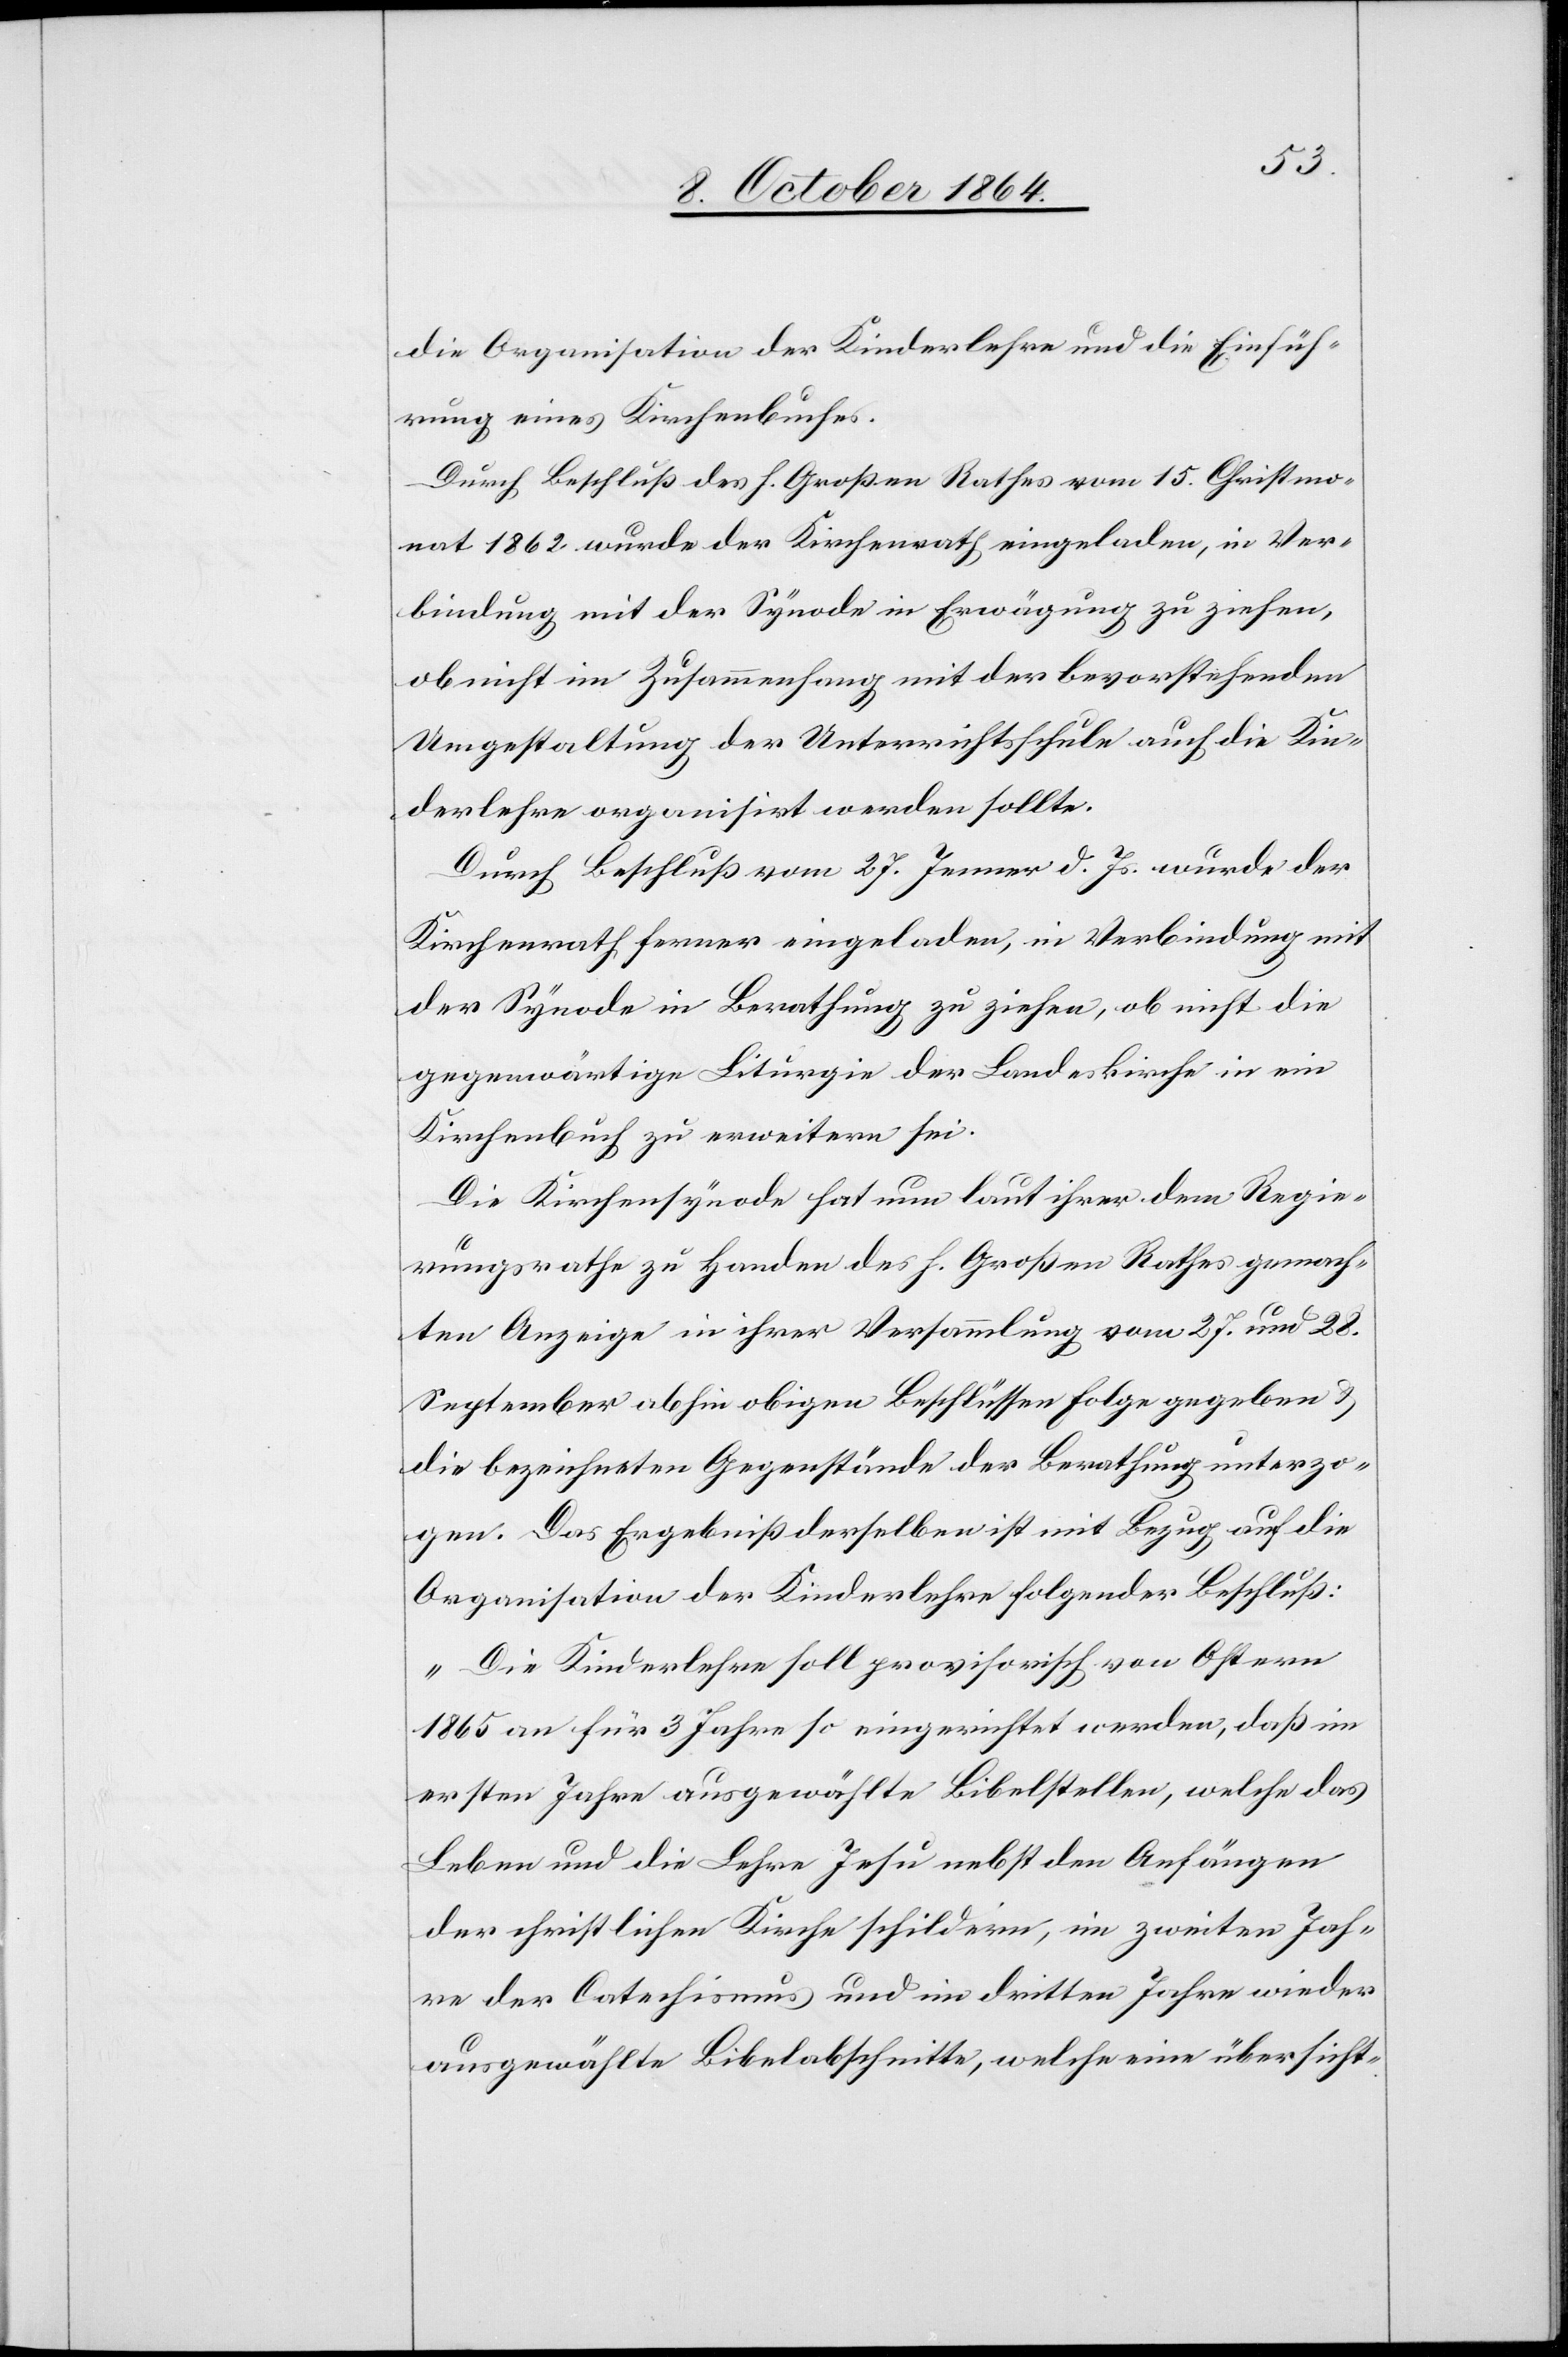
die Organisation der Kinderlehre und die Einfüh¬
rung eines Kirchenbuches.
Durch Beschluß des h. Großen Rathes vom 15. Christmo¬
nat 1862 wurde der Kirchenrath eingeladen, in Ver¬
bindung mit der Synode in Erwägung zu ziehen,
ob nicht im Zusammenhang mit der bevorstehenden
Umgestaltung der Unterrichtsschule auch die Kin¬
derlehre organisiert werden sollte.
Durch Beschluß vom 27. Jenner d. Js. wurde der
Kirchenrath ferner eingeladen, in Verbindung mit
der Synode in Berathung zu ziehen, ob nicht die
gegenwärtige Liturgie der Landeskirche in ein
Kirchenbuch zu erweitern sei.
Die Kirchensynode hat nun laut ihrer dem Regie¬
rungsrathe zu Handen des h. Großen Rathes gemach¬
ten Anzeige in ihrer Versammlung vom 27. und 28.
September abhin obigen Beschlüssen Folge gegeben &
die bezeichneten Gegenstände der Berathung unterzo¬
gen. Das Ergebniß derselben ist mit Bezug auf die
Organisation der Kinderlehre folgender Beschluß:
„Die Kinderlehre soll provisorisch von Ostern
1865 an für 3 Jahre so eingerichtet werden, daß im
ersten Jahre ausgewählte Bibelstellen, welche das
Leben und die Lehre Jesu nebst den Anfängen
der christlichen Kirche schildern, im zweiten Jah¬
re der Catechismus und im dritten Jahre wieder
ausgewählte Bibelabschnitte, welche eine übersicht-